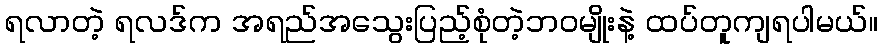
ရလာတဲ့ ရလဒ်က အရည်အသွေးပြည့်စုံတဲ့ဘဝမျိုးနဲ့ ထပ်တူကျရပါမယ်။